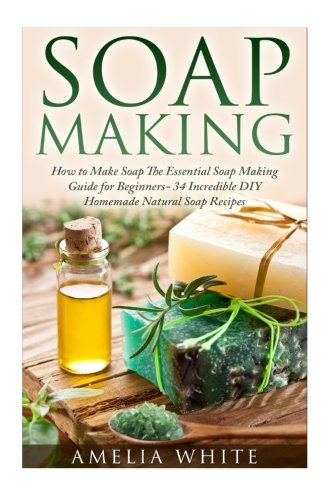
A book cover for Soap Making (Organic Soap Recipes, Bath Bombs, Essential Oils); Amelia White; Crafts, Hobbies & Home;